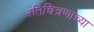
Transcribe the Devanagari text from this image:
रतिचित्रणाच्या